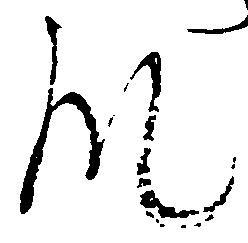
殿